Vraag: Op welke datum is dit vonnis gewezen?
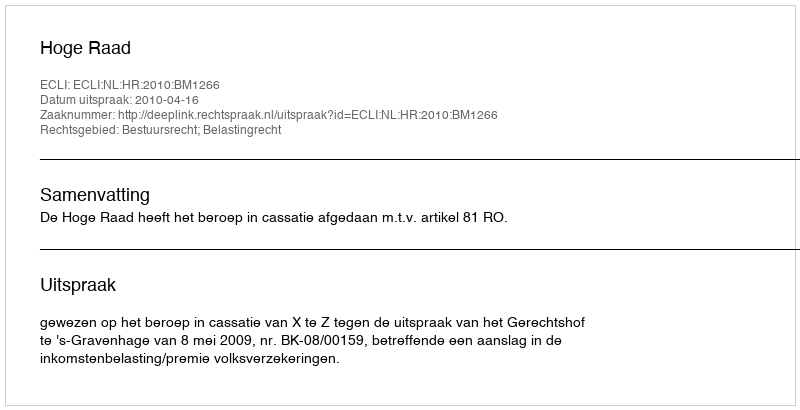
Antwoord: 2010-04-16